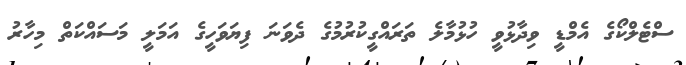
ސްޓެލްކޯގެ އެމްޑީ ވިދާޅުވީ ހުޅުމާލެ ތަރައްގީކުރުމުގެ ދެވަނަ ފިޔަވަހީގެ އަމަލީ މަސައްކަތް މިހާރު